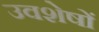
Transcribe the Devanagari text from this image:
उवशेषों